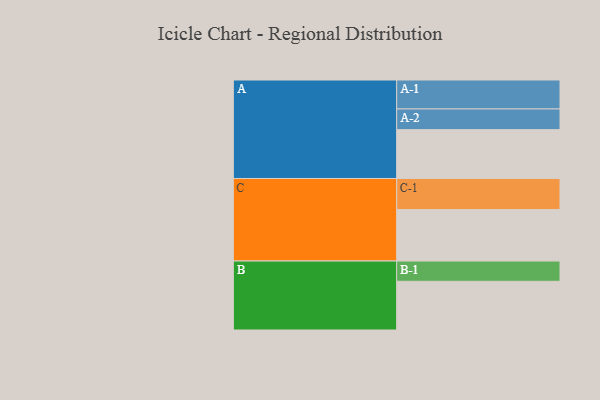
{"axis": {"x": "Segment", "y": "Value"}, "legend": ["", "A", "B", "C"], "data": [{"x": "A", "y": 410, "type": ""}, {"x": "B", "y": 409, "type": ""}, {"x": "C", "y": 432, "type": ""}, {"x": "A-1", "y": 243, "type": "A"}, {"x": "A-2", "y": 174, "type": "A"}, {"x": "B-1", "y": 170, "type": "B"}, {"x": "C-1", "y": 261, "type": "C"}]}